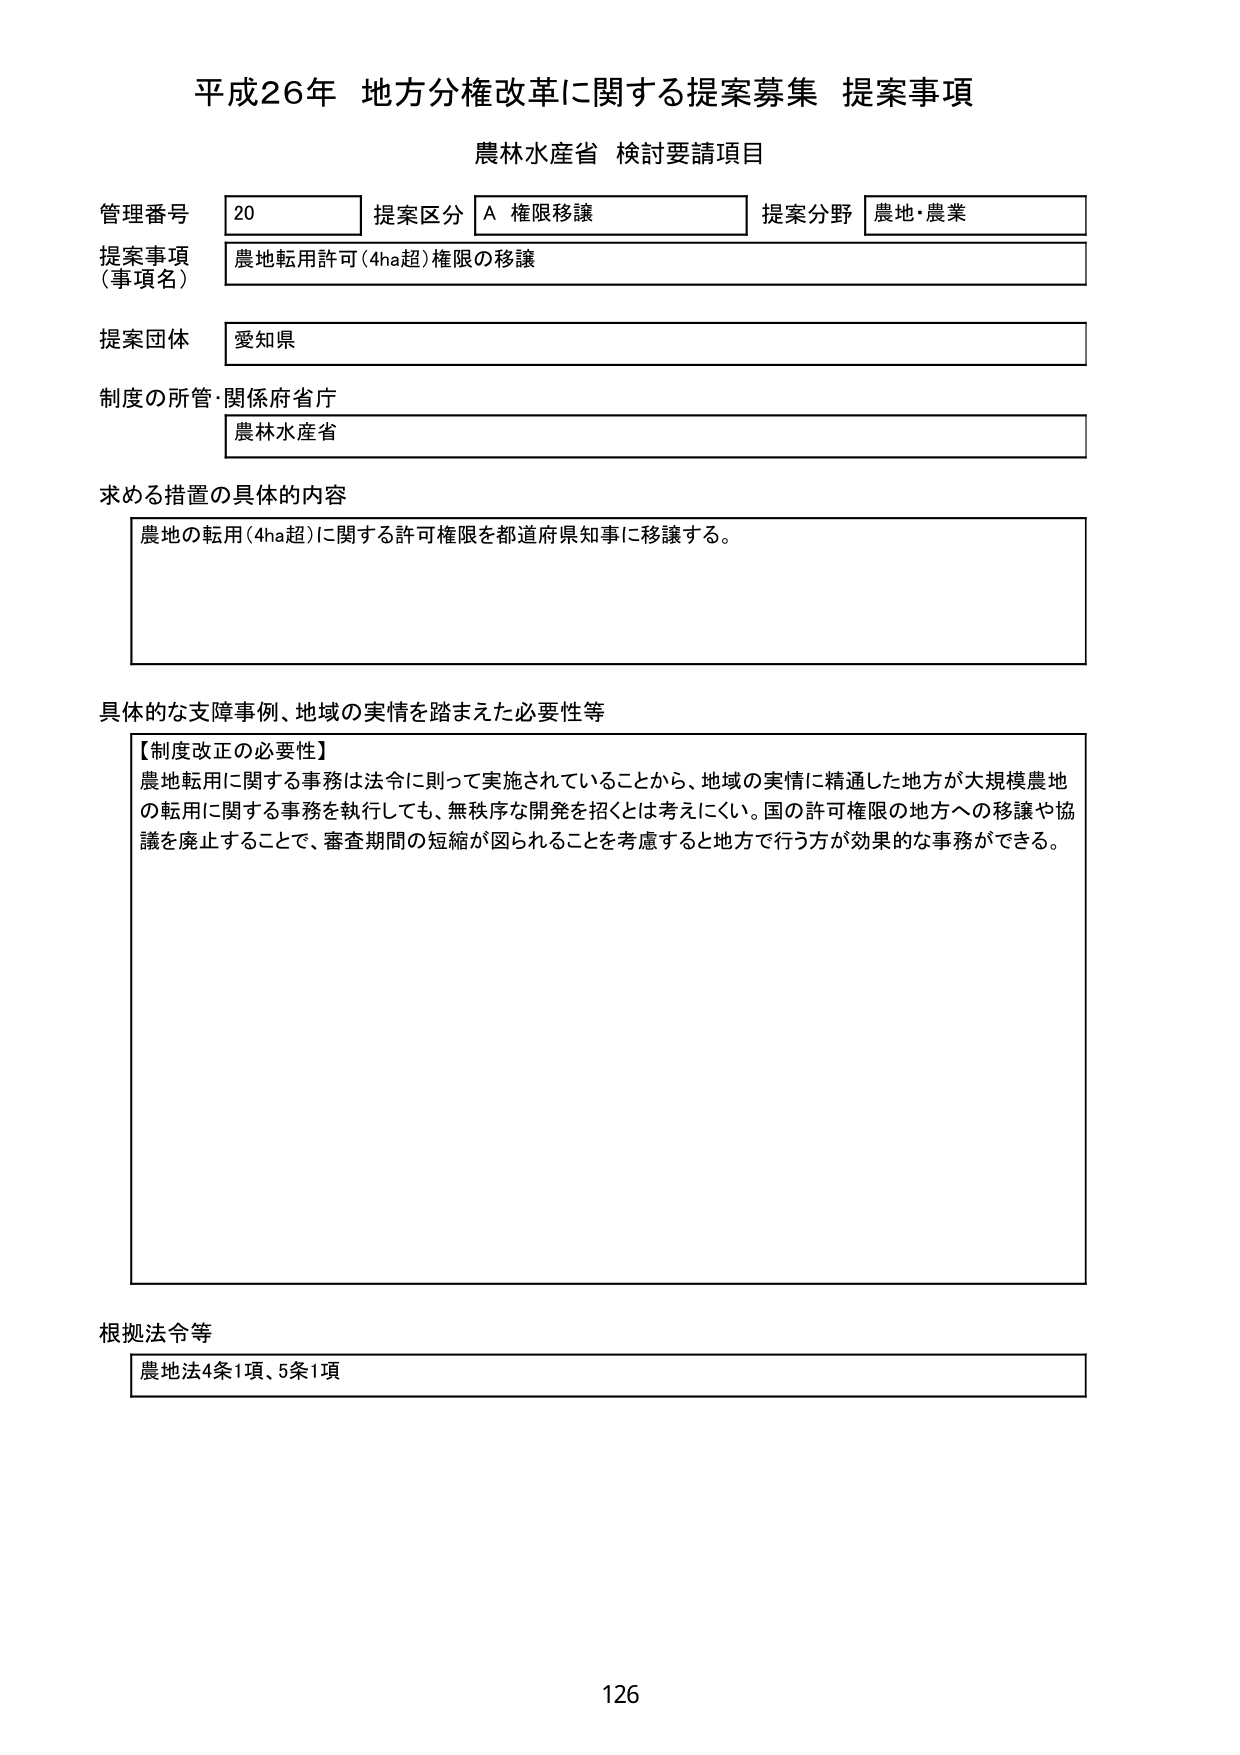
平成26年 地方分権改革に関する提案募集 提案事項
農林水産省 検討要請項目

管理番号 20
提案区分 A 権限移譲
提案分野 農地・農業

提案事項（事項名） 農地転用許可（4ha超）権限の移譲

提案団体 愛知県

制度の所管・関係府省庁
農林水産省

求める措置の具体的な内容
農地の転用（4ha超）に関する許可権限を都道府県知事に移譲する。

具体的な支障事例、地域の実情を踏まえた必要性等
【制度改正の必要性】
農地転用に関する事務は法令に則って実施されていることから、地域の実情に精通した地方が大規模農地の転用に関する事務を執行しても、無秩序な開発を招くとは考えにくい。国の許可権限の地方への移譲や協議を廃止することで、審査期間の短縮が図られることを考慮すると地方で行う方が効果的な事務ができる。

根拠法令等
農地法4条1項、5条1項

126